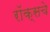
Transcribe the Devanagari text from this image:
रॉक्सचे